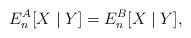
LaTeX: \begin{align*} E_n^A[X\mid Y] = E_n^B[X\mid Y],\end{align*}